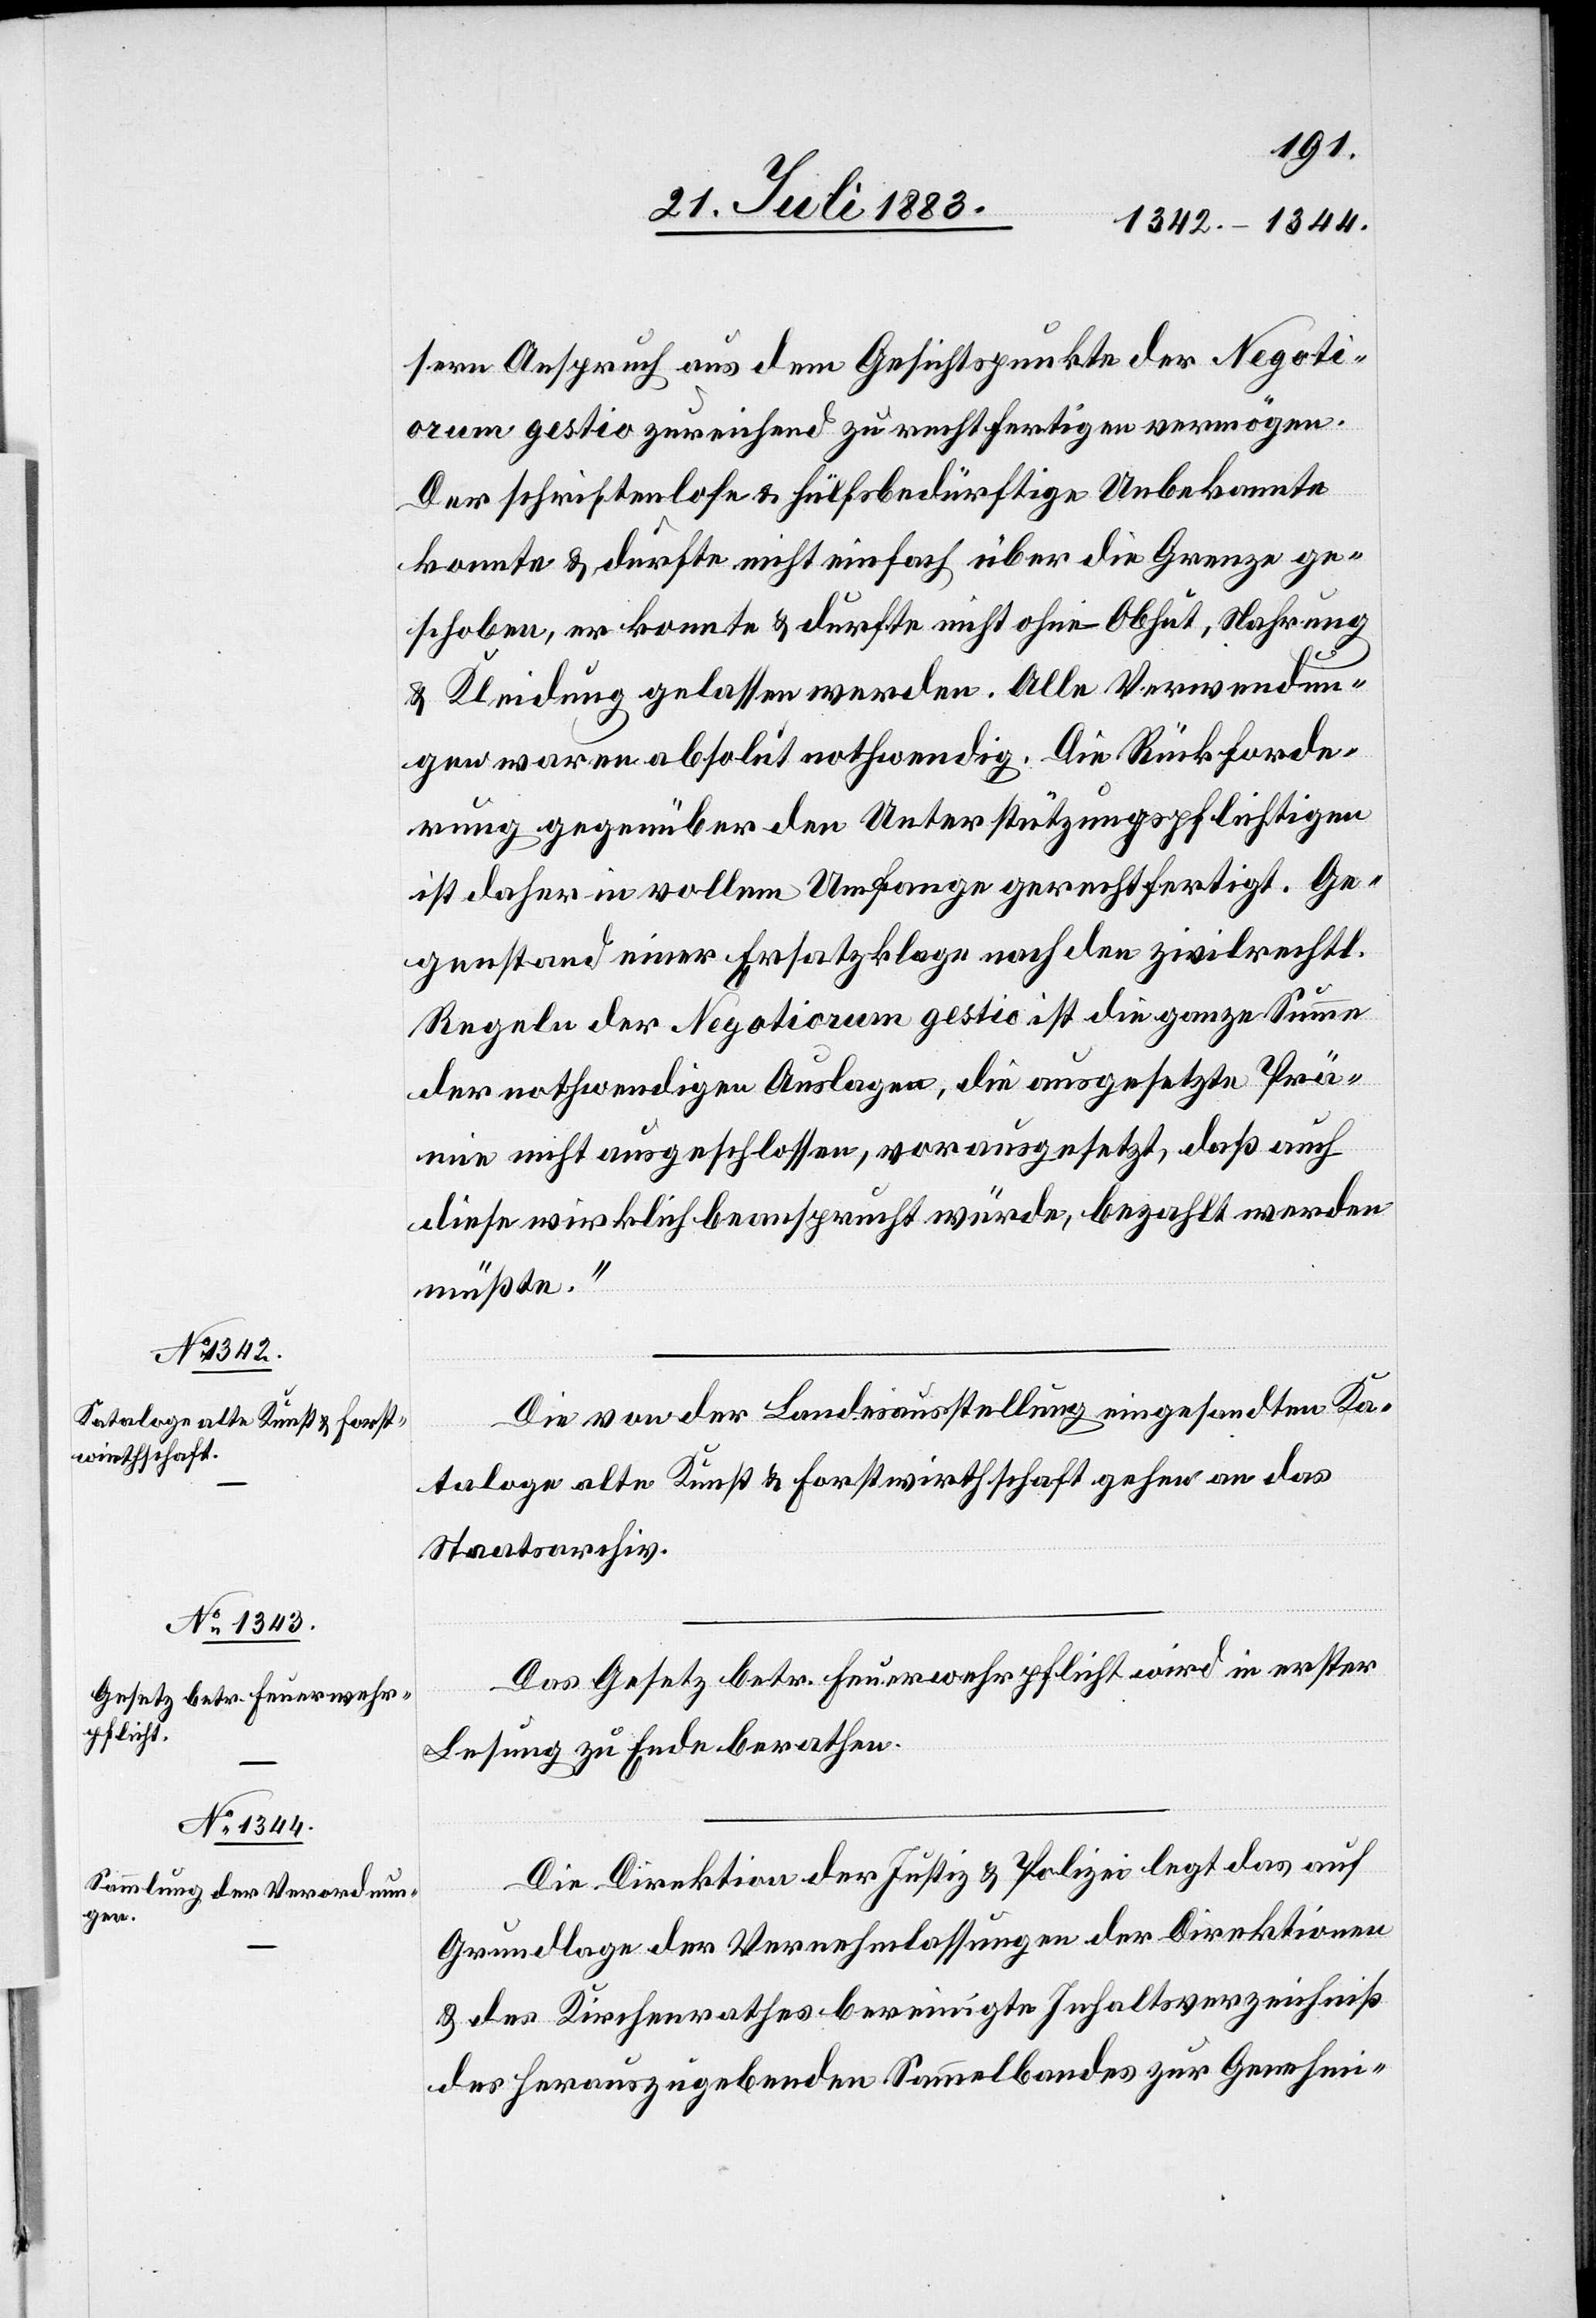
sern Anspruch aus dem Gesichtspunkte der Negoti¬
orum gestio zureichend zu rechtfertigen vermögen.
Der schriftenlose & hülfsbedürftige Unbekannte
konnte & durfte nicht einfach über die Grenze ge¬
schoben, er konnte & durfte nicht ohne Obhut, Nahrung
& Kleidung gelassen werden. Alle Verwendun¬
gen waren absolut nothwendig. Die Rückforde¬
rung gegenüber den Unterstützungspflichtigen
ist daher in vollem Umfange gerechtfertigt. Ge¬
genstand einer Ersatzklage nach den zivilrechtl.
Regeln der Negotiorum gestio ist die ganze Summe
der nothwendigen Auslagen, die ausgesetzte Prä¬
mie nicht ausgeschlossen, vorausgesetzt, daß auch
diese wirklich beansprucht würde, bezahlt werden
müßte.“
Die von der Landesausstellung eingesandten Ka¬
taloge alte Kunst & Forstwirthschaft gehen an das
Staatsarchiv.
Das Gesetz betr. Feuerwehrpflicht wird in erster
Lesung zu Ende berathen.
Die Direktion der Justiz & Polizei legt das auf
Grundlage der Vernehmlassungen der Direktionen
& des Kirchenrathes bereinigte Inhaltsverzeichniß
des herauszugebenden Sammelbandes zur Genehmi-